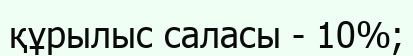
құрылыс саласы - 10%;